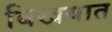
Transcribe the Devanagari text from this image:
बिखयात